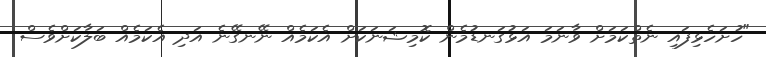
"ހުށަހެޅިފައި ނެތްކަމަށް ވާނަމަ އަޅުގަނޑުމެން ކޮމިޝަނަކަށް އެކަމެއް ނޭނގޭނެ އަދި އެކަމެއް ބަލާކަށްވެސް